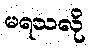
မရသလို